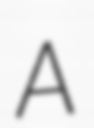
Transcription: A